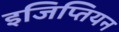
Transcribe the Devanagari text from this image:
इजिप्तियन